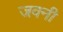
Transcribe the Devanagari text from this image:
जवनी